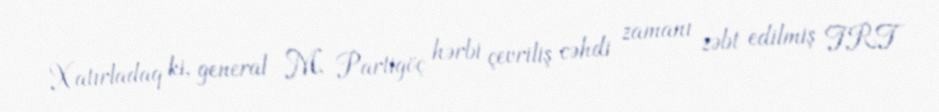
Xatırladaq ki, general M. Partigöç hərbi çevriliş cəhdi zamanı zəbt edilmiş TRT